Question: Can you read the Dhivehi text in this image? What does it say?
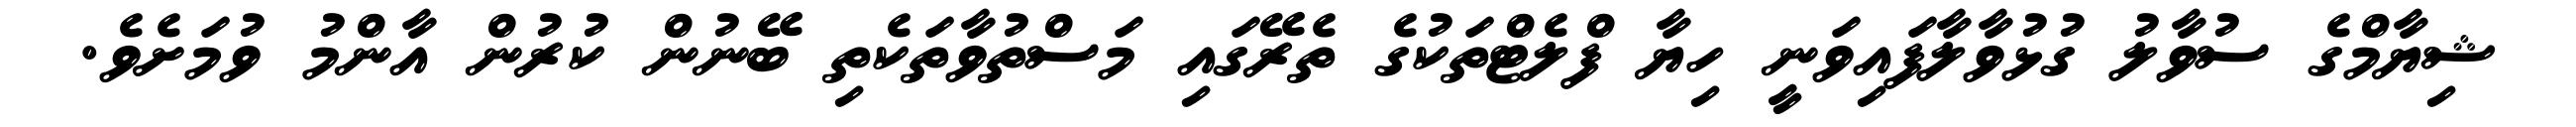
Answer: ޝިޔާމްގެ ސުވާލު ގުޅުވާލާފައިވަނީ ހިޔާ ފްލެޓްތަކުގެ ތެރޭގައި މަސްތުވާތަކެތި ބޭނުން ކުރުން އާންމު ވުމަށެވެ.